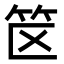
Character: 𬔯